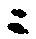
ニ